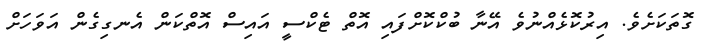
ގޮތަކަށެވެ. އިރުކޮޅެއްނުވެ އޭނާ ބުކްކޮށްފައި އޮތް ޓެކްސީ އައިސް އޮތްކަން އެނގިގެން އަވަހަށް